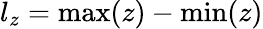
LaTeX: l_{z}=\operatorname*{max}(z)-\operatorname*{min}(z)